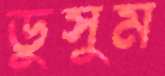
ডুসুম